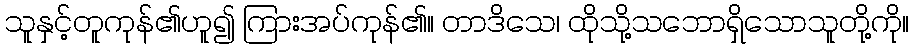
သူနှင့်တူကုန်၏ဟူ၍ ကြားအပ်ကုန်၏။ တာဒိသေ၊ ထိုသို့သဘောရှိသောသူတို့ကို။